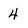
Character: 4